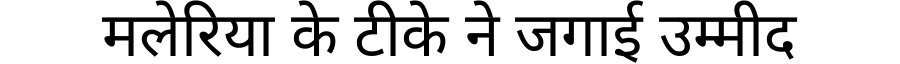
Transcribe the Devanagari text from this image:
मलेरिया के टीके ने जगाई उम्मीद